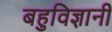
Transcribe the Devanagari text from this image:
बहुविज्ञानी